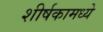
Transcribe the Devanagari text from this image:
शीर्षकामध्ये